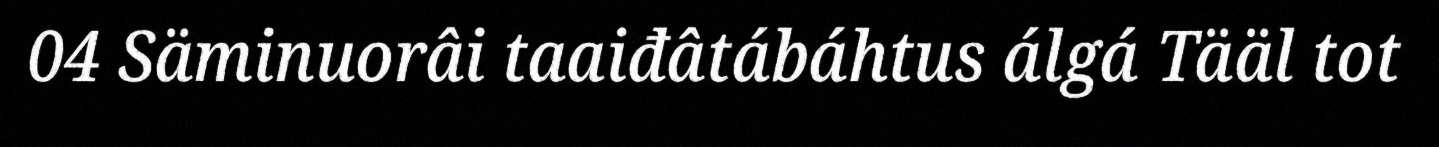
04 Säminuorâi taaiđâtábáhtus álgá Tääl tot